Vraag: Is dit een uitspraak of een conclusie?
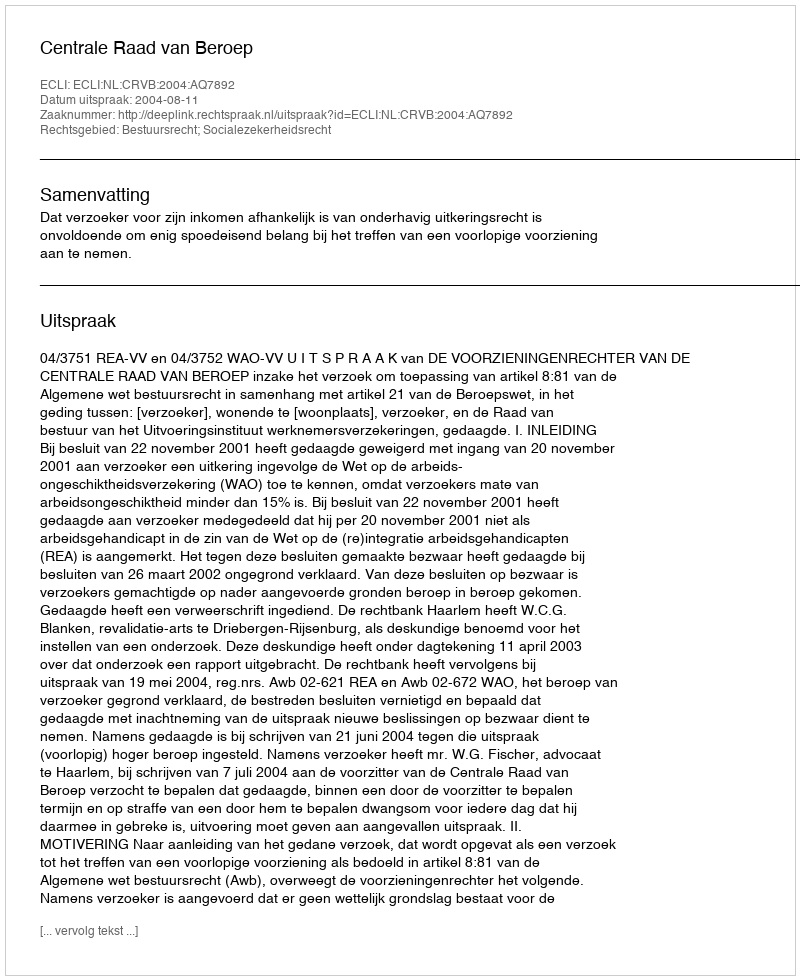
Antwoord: Uitspraak